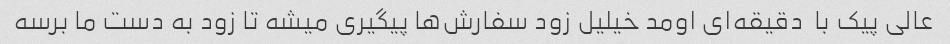
عالی پیک با  دقیقه‌ای اومد خیلیل زود سفارش‌ها پیگیری میشه تا زود به دست ما برسه